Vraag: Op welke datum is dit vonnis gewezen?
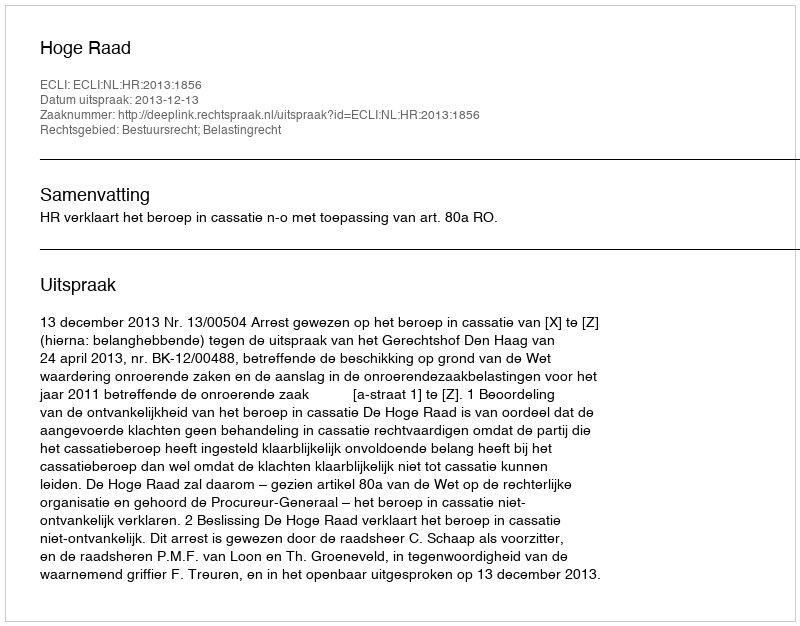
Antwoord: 2013-12-13